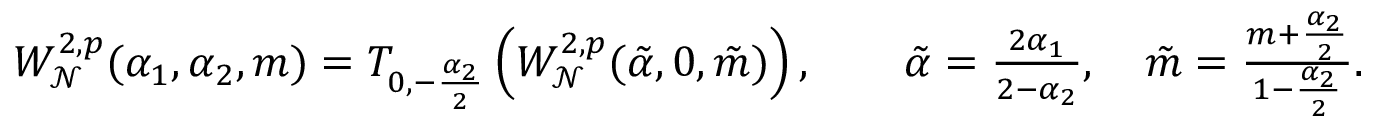
\begin{array} { r } { W _ { \mathcal { N } } ^ { 2 , p } ( \alpha _ { 1 } , \alpha _ { 2 } , m ) = T _ { 0 , - \frac { \alpha _ { 2 } } 2 } \left( W _ { \mathcal { N } } ^ { 2 , p } ( \tilde { \alpha } , 0 , \tilde { m } ) \right) , \qquad \tilde { \alpha } = \frac { 2 \alpha _ { 1 } } { 2 - \alpha _ { 2 } } , \quad \tilde { m } = \frac { m + \frac { \alpha _ { 2 } } 2 } { 1 - \frac { \alpha _ { 2 } } 2 } . } \end{array}